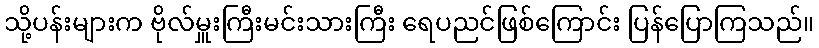
သို့ပန်းများက ဗိုလ်မှူးကြီးမင်းသားကြီး ရေပညင်ဖြစ်ကြောင်း ပြန်ပြောကြသည်။